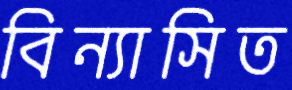
বিন্যাসিত